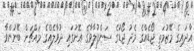
އާދައިގެ މޭޒުމަތީ ޖޯޑެއްގެ މެދު ޖޯޑުގެ ސަންފުލާވާގެ އޮށުގައި ދުވާލެއްގެ މައްޗަށް ބޭނުންވާ